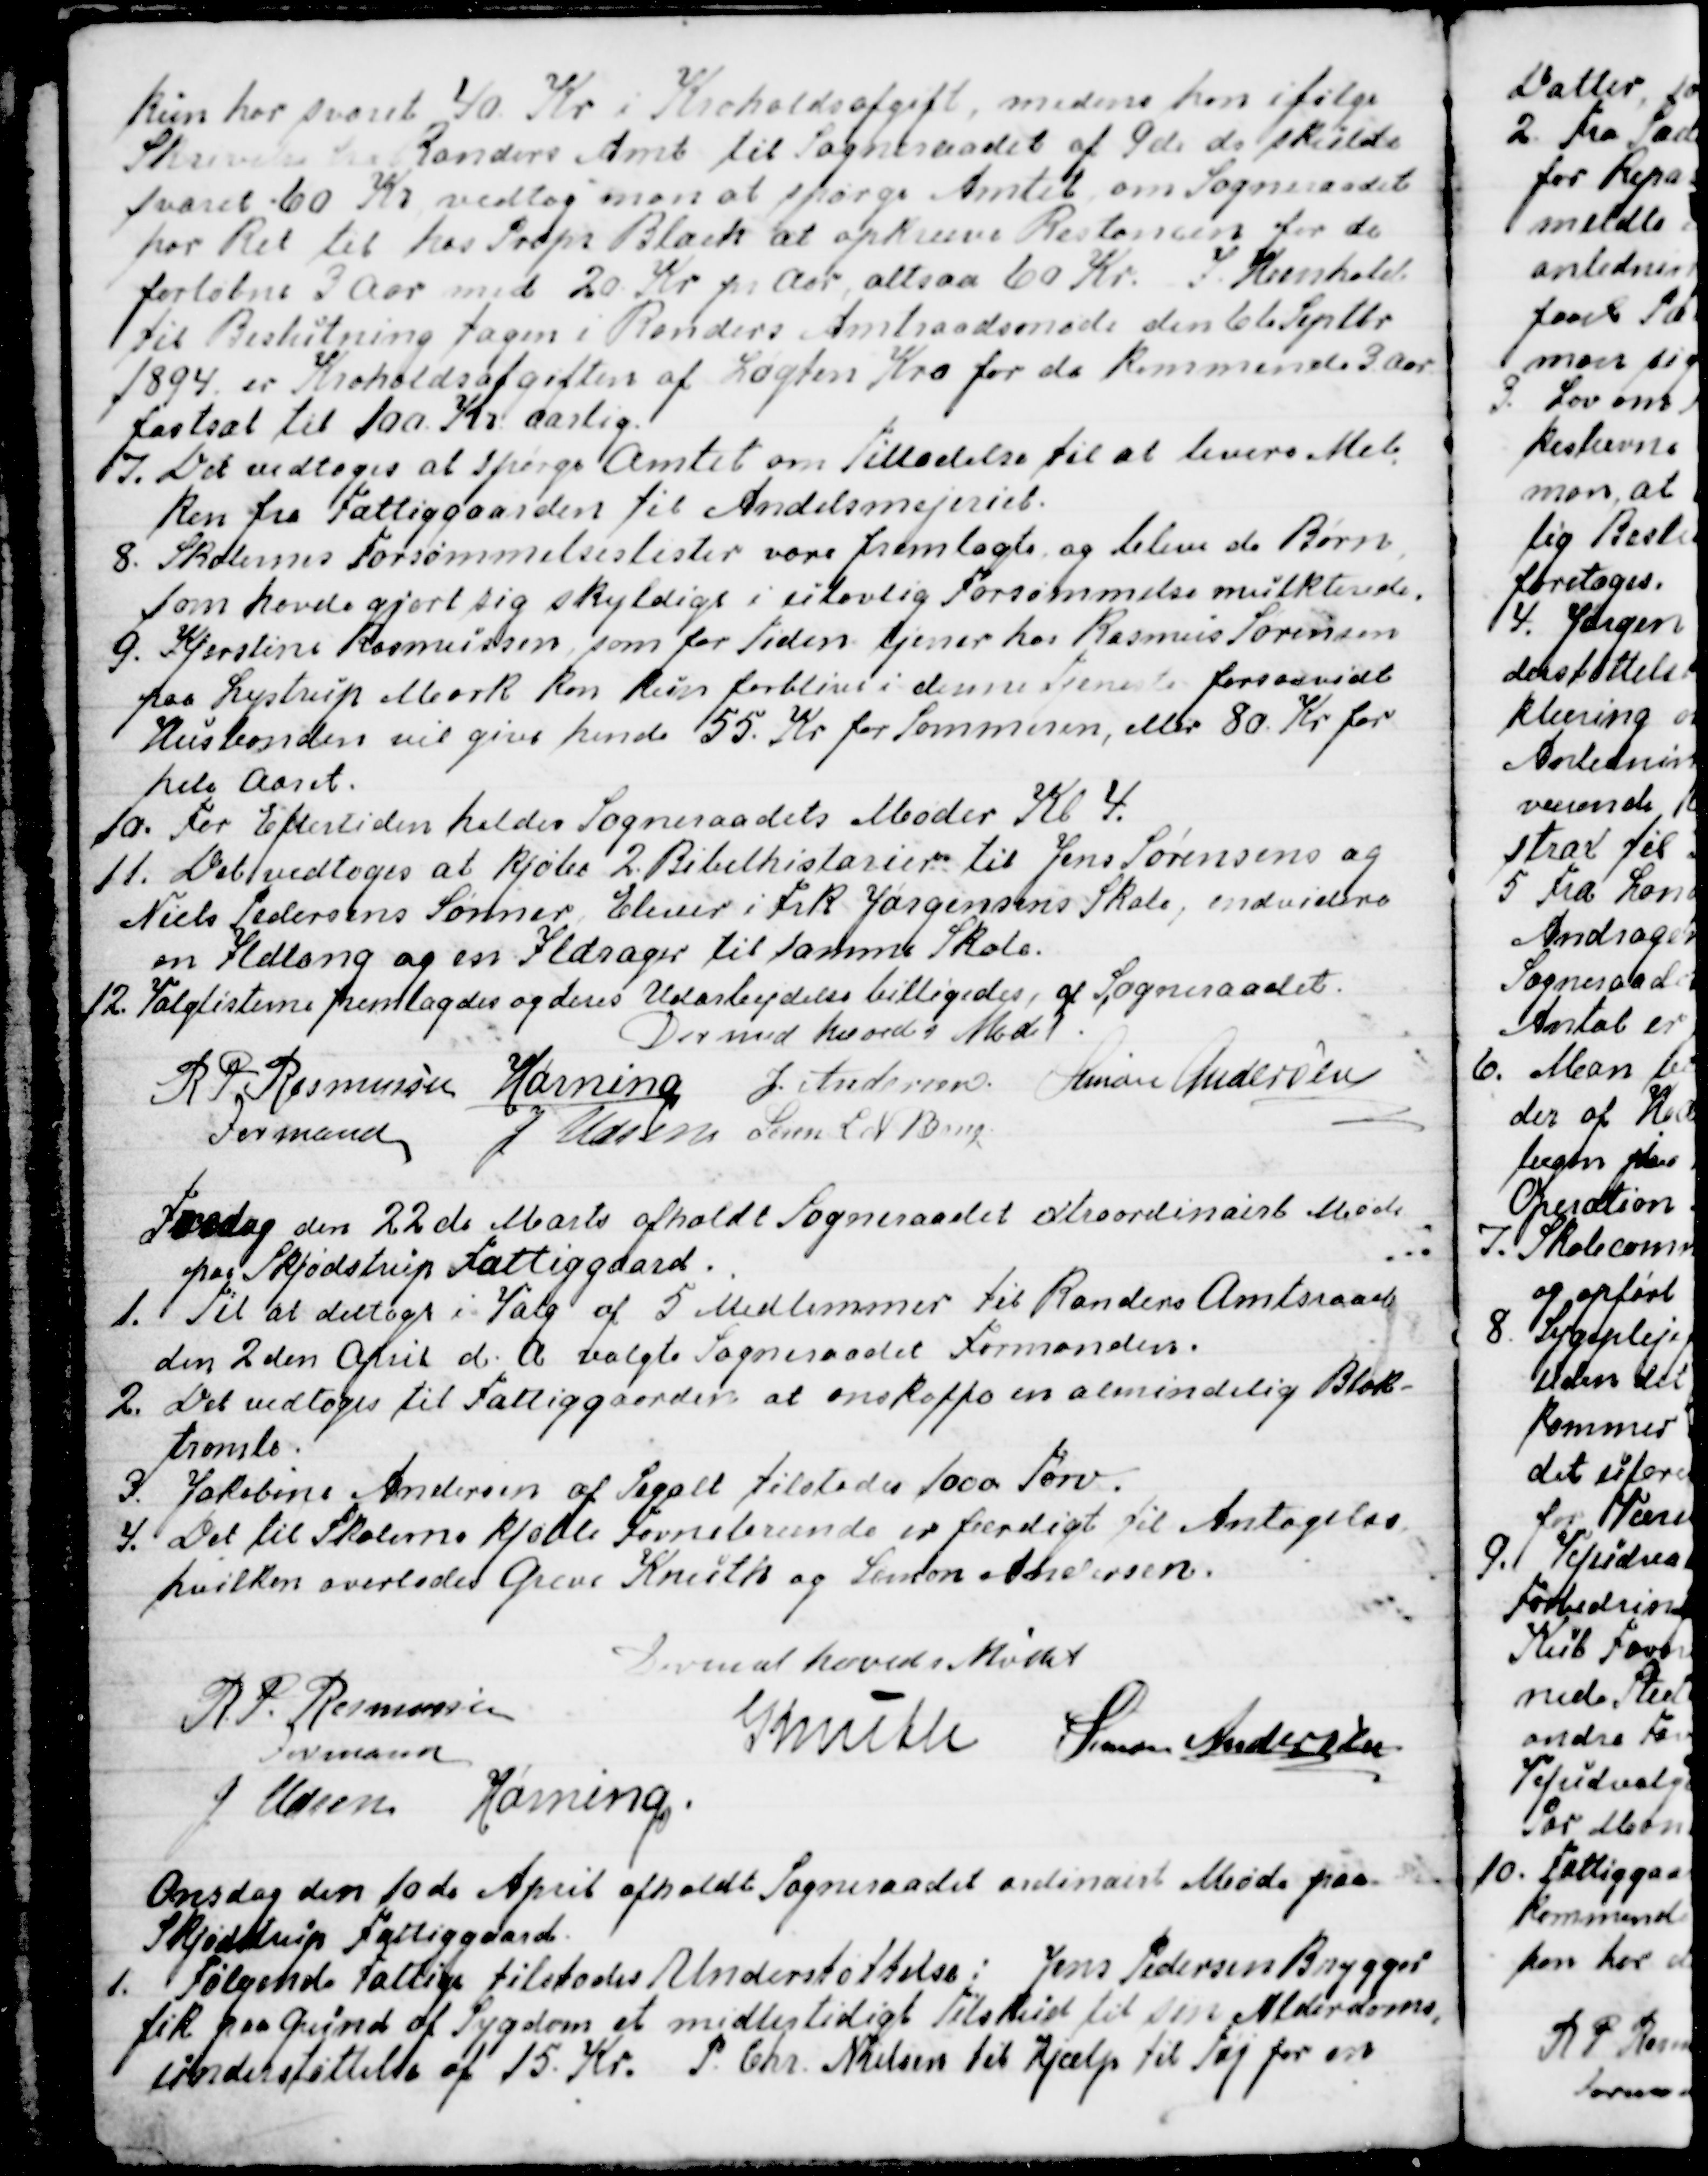
Transskription:
kun har svaret 40 Kr i Kroholdsafgift, medens han ifølge
Skrivelse fra Randers Amt til Sogneraadet af 9de ds skulde
svaret 60 Kr vedtog man at spørge Amtet om Sogneraadet
har Ret til hos Propr Blach at opkræve Restancen for de  
forløbne 3 Aar med 20 Kr pr Aar, altsaa 60 Kr. I Henhold
til Beslutning tagen i Randers Amtsraadsmøde den 6te Septbr
1894 er Kroholdsafgiften af Løgten Kro for de kommende 3 Aar
fastsat til 100 Kr aarlig .
7. Det vedtoges at spørge Amtet om Tilladelse til at levere Mel
-
ken fra Fattiggaarden til Andelsmejeriet.
8. Skolernes Forsømmelseslister vare fremlagte og bleve de Børn
som havde gjort sig skyldige i ulovlig Forsømmelse mulkterede.
9. Kjerstine Rasmussen, som for Tiden tjener hos Rasmus Sørensen
paa Lystrup Mark kan kun forblive i denne Tjeneste forsaavidt
Husbonden vil give hende 55. Kr for Sommeren, eller 80. Kr for
hele Aaret.
10. For Eftertiden holdes Sogneraadets Møder Kl. 4.
11. Det vedtoges at kjøbe 2 Bibelhistorier til Jens Sørensens og
Niels Pedersens Sønner, Elever i Frk. Jørgensens Skole, endvidere
en Ildtang og en Ildrager til samme Skole.
12. Valglisterne fremlagdes og dens Udarbejdelse billigedes, af Sogneraadet.
Dermed hævedes Mødet.
R P Rasmussen
Formand
Hørning
J. Andersen
Simon Andersen
J Udsen
Søren L N Bang

Fredag den 22de Marts afholdt Sogneraadet extraordinairt Møde
paa Skjødstrup Fattiggaard.
1. Til at deltage i Valg af 5 Medlemmer til Randers Amtsraad
den 2den April d. A valgte Sogneraadet Formanden.
2. Det vedtoges til Fattiggaarden at anskaffe en almindelig Blok-
tromle.
3. Jakobine Andersen af Segalt tilstodes 1000 Tørv.
4. Det til Skolerne kjøbte Favnebrænde er færdigt til Antagelse
hvilken overlodes Grev Knuth og Simon Andersen.
Derned hævedes Mødet
R P Rasmussen
Formand
Knuth
Simon Andersen
J Udsen
Hørning.

Onsdag den 10de April afholdt Sogneraadet ordinairt Møde paa
Skjødstrup Fattiggaard.
1.  Følgende Fattige tilstodes Understøttelse: Jens Pedersen Brygger
fik paa Grund af Sygdom et midlertidigt Tilskud til sin Alderdoms
-
understøttelse af 15. Kr. P. Chr Nielsen fik Hjælp til Tøj for en